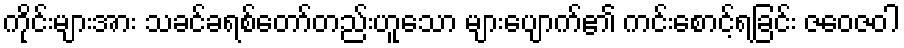
ကိုင်းများအား သခင်ခရစ်တော်တည်းဟူသော များပျောက်၏ ကင်းစောင့်ရခြင်း ဇဝေဇဝါ